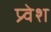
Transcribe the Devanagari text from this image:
प्र्वेश